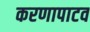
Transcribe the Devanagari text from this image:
करणापाटव